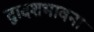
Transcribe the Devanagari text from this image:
द्वादशभावना